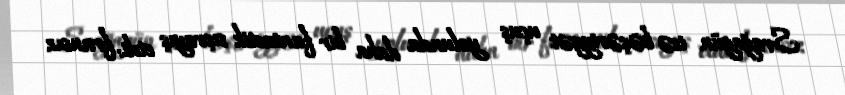
Srağagün isə bəşəriyyət uçuş yolunda daha bir fantastik sıçrayış etdi: fransız